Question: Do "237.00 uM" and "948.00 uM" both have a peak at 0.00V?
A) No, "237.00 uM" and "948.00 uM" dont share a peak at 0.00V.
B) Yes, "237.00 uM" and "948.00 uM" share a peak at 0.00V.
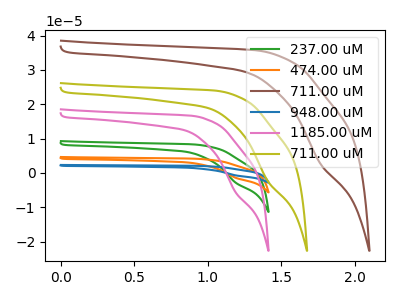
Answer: <think>The green curve "237.00 uM" has a cathodic peak at: (1.20V, -2.80uA). The orange curve "474.00 uM" has a cathodic peak at: (1.20V, -5.65uA). The brown curve "711.00 uM" has a cathodic peak at: (1.75V, 2.65uA). The blue curve "948.00 uM" has a cathodic peak at: (1.20V, -8.45uA). The pink curve "1185.00 uM" has a cathodic peak at: (1.20V, -5.60uA). The olive curve "711.00 uM" has a cathodic peak at: (1.40V, -2.45uA).</think>
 <answer>A) No, "237.00 uM" and "948.00 uM" dont share a peak at 0.00V.</answer>
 <eval>A</eval>